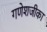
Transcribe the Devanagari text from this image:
गणेशजीका